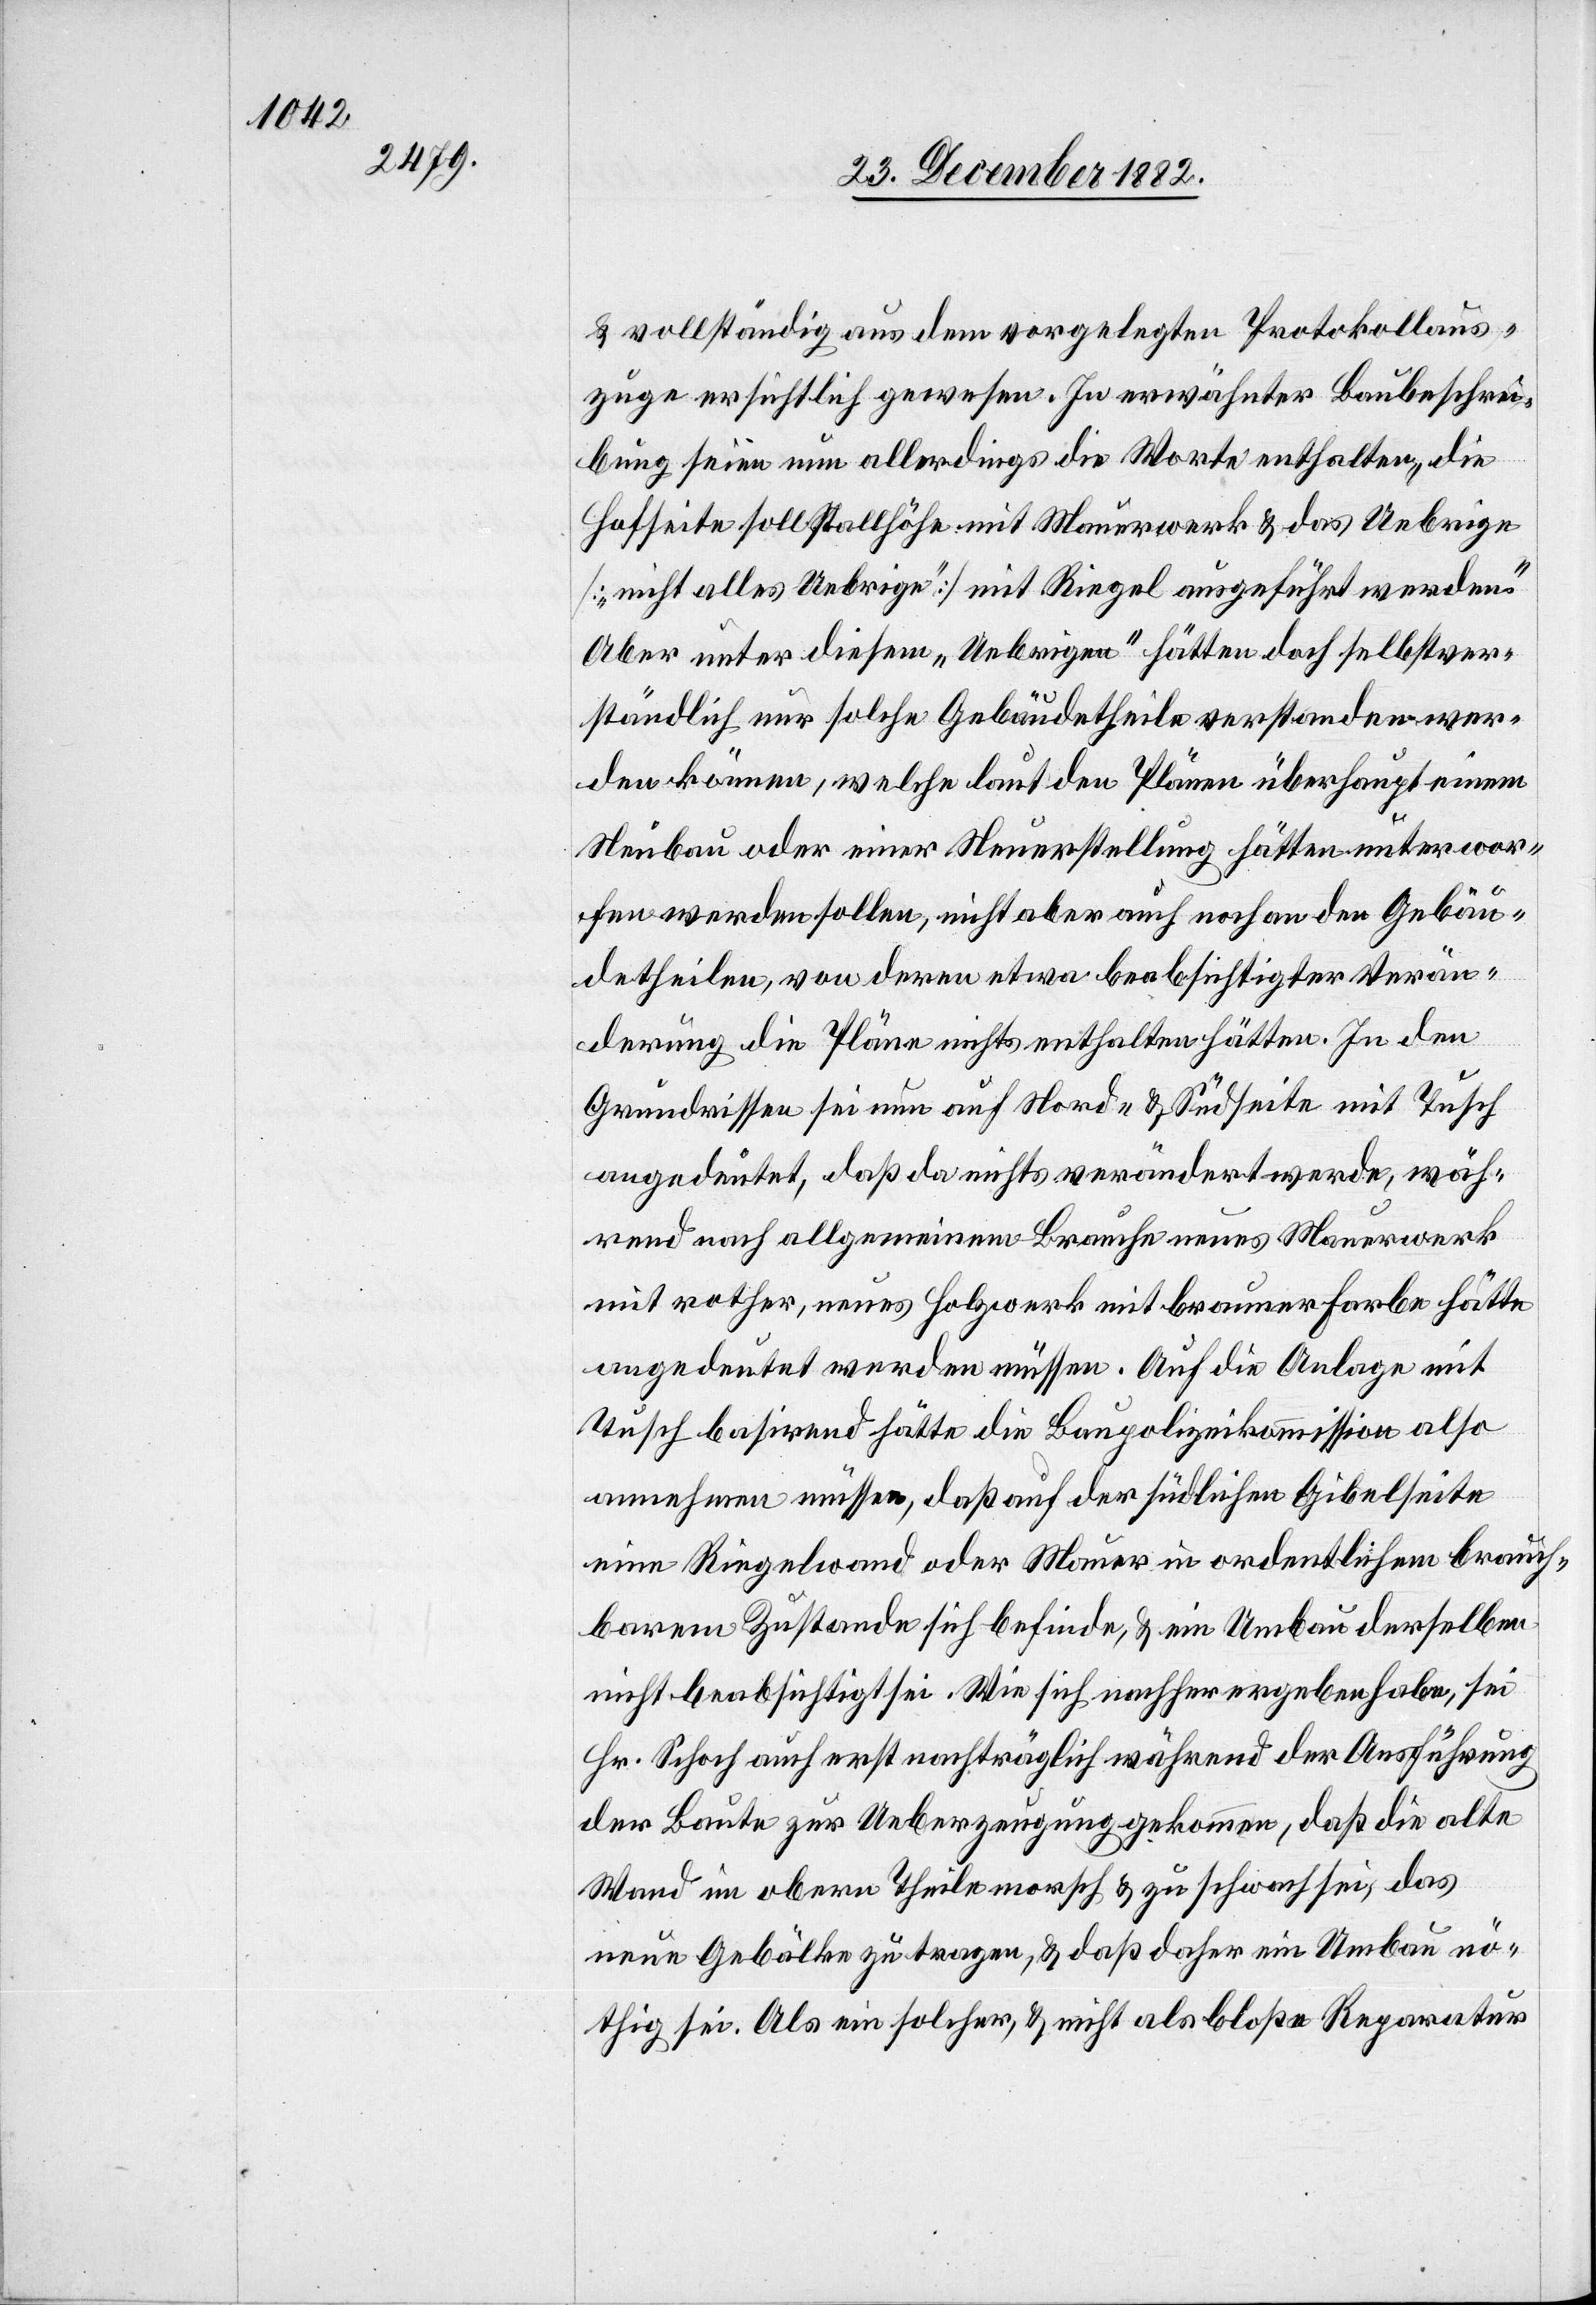
& vollständig aus dem vorgelegten Protokollaus¬
zuge ersichtlich gewesen. In erwähnter Baubeschrei¬
bung seien nun allerdings die Worte enthalten, die
Hofseite soll Stallhöhe mit Mauerwerk & das Uebrige
[„nicht alles Uebrige“] mit Riegel ausgeführt werden.
Aber unter diesem „Uebrigen“ hätten doch selbstver¬
ständlich nur solche Gebäudetheile verstanden wer¬
den können, welche laut den Plänen überhaupt einem
Neubau oder einer Neuerstellung hätten unterwor¬
fen werden sollen, nicht aber auch noch an den Gebäu¬
detheilen, von denen etwa beabsichtigter Verän¬
derung die Pläne nichts enthalten hätte. In den
Grundrissen sei nun auf Nord- & Südseite mit Tusch
angedeutet, daß da nichts verändert werde, wäh¬
rend nach allgemeinem Brache neues Mauerwerk
mit rother, neues Holzwerk mit brauner Farbe hätte
angedeutet werden müssen. Auf die Anlage mit
Tusch basirend hätte die Baupolizeikommission also
annehmen müssen, daß auf der südlichen Gibelseite
eine Riegelwand der Mauer in ordentlichem brauch¬
baren Zustande sich befinde, & ein Umbau derselben
nicht beabsichtigt sei. Wie sich nachher ergeben habe, sei
Hr. Schoch auch erst nachträglich während der Ausführung
der Baute zur Ueberzeugung gekommen, daß die alte
Wand im obern theile morsch & zu schwach sei, das
neue Gebälke zu tragen, & daß daher ein Umbau nö¬
thig sei. Als ein solcher, & nicht als bloße Reparatur